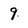
Character: 9